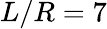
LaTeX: L/R=7